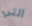
التي